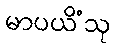
မာပယိံသု